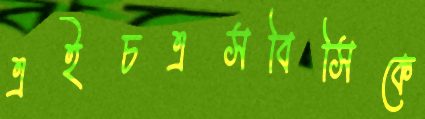
এইচএসবিসিকে